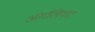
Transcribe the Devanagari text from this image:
अंगलियार